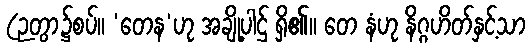
(ဉတွာ၌စပ်။ ‘တေန’ဟု အချို့ပါဌ် ရှိ၏။ တေ နံဟု နိဂ္ဂဟိတ်နှင့်သာ